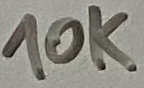
Text: 10K